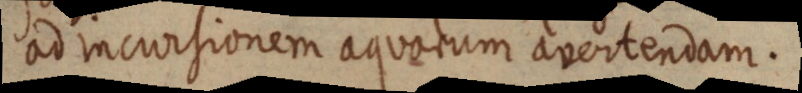
ad incursionem aquarum avertendam.